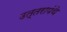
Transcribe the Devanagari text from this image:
उत्तरापंथे